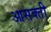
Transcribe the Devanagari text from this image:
आसक्‍ती